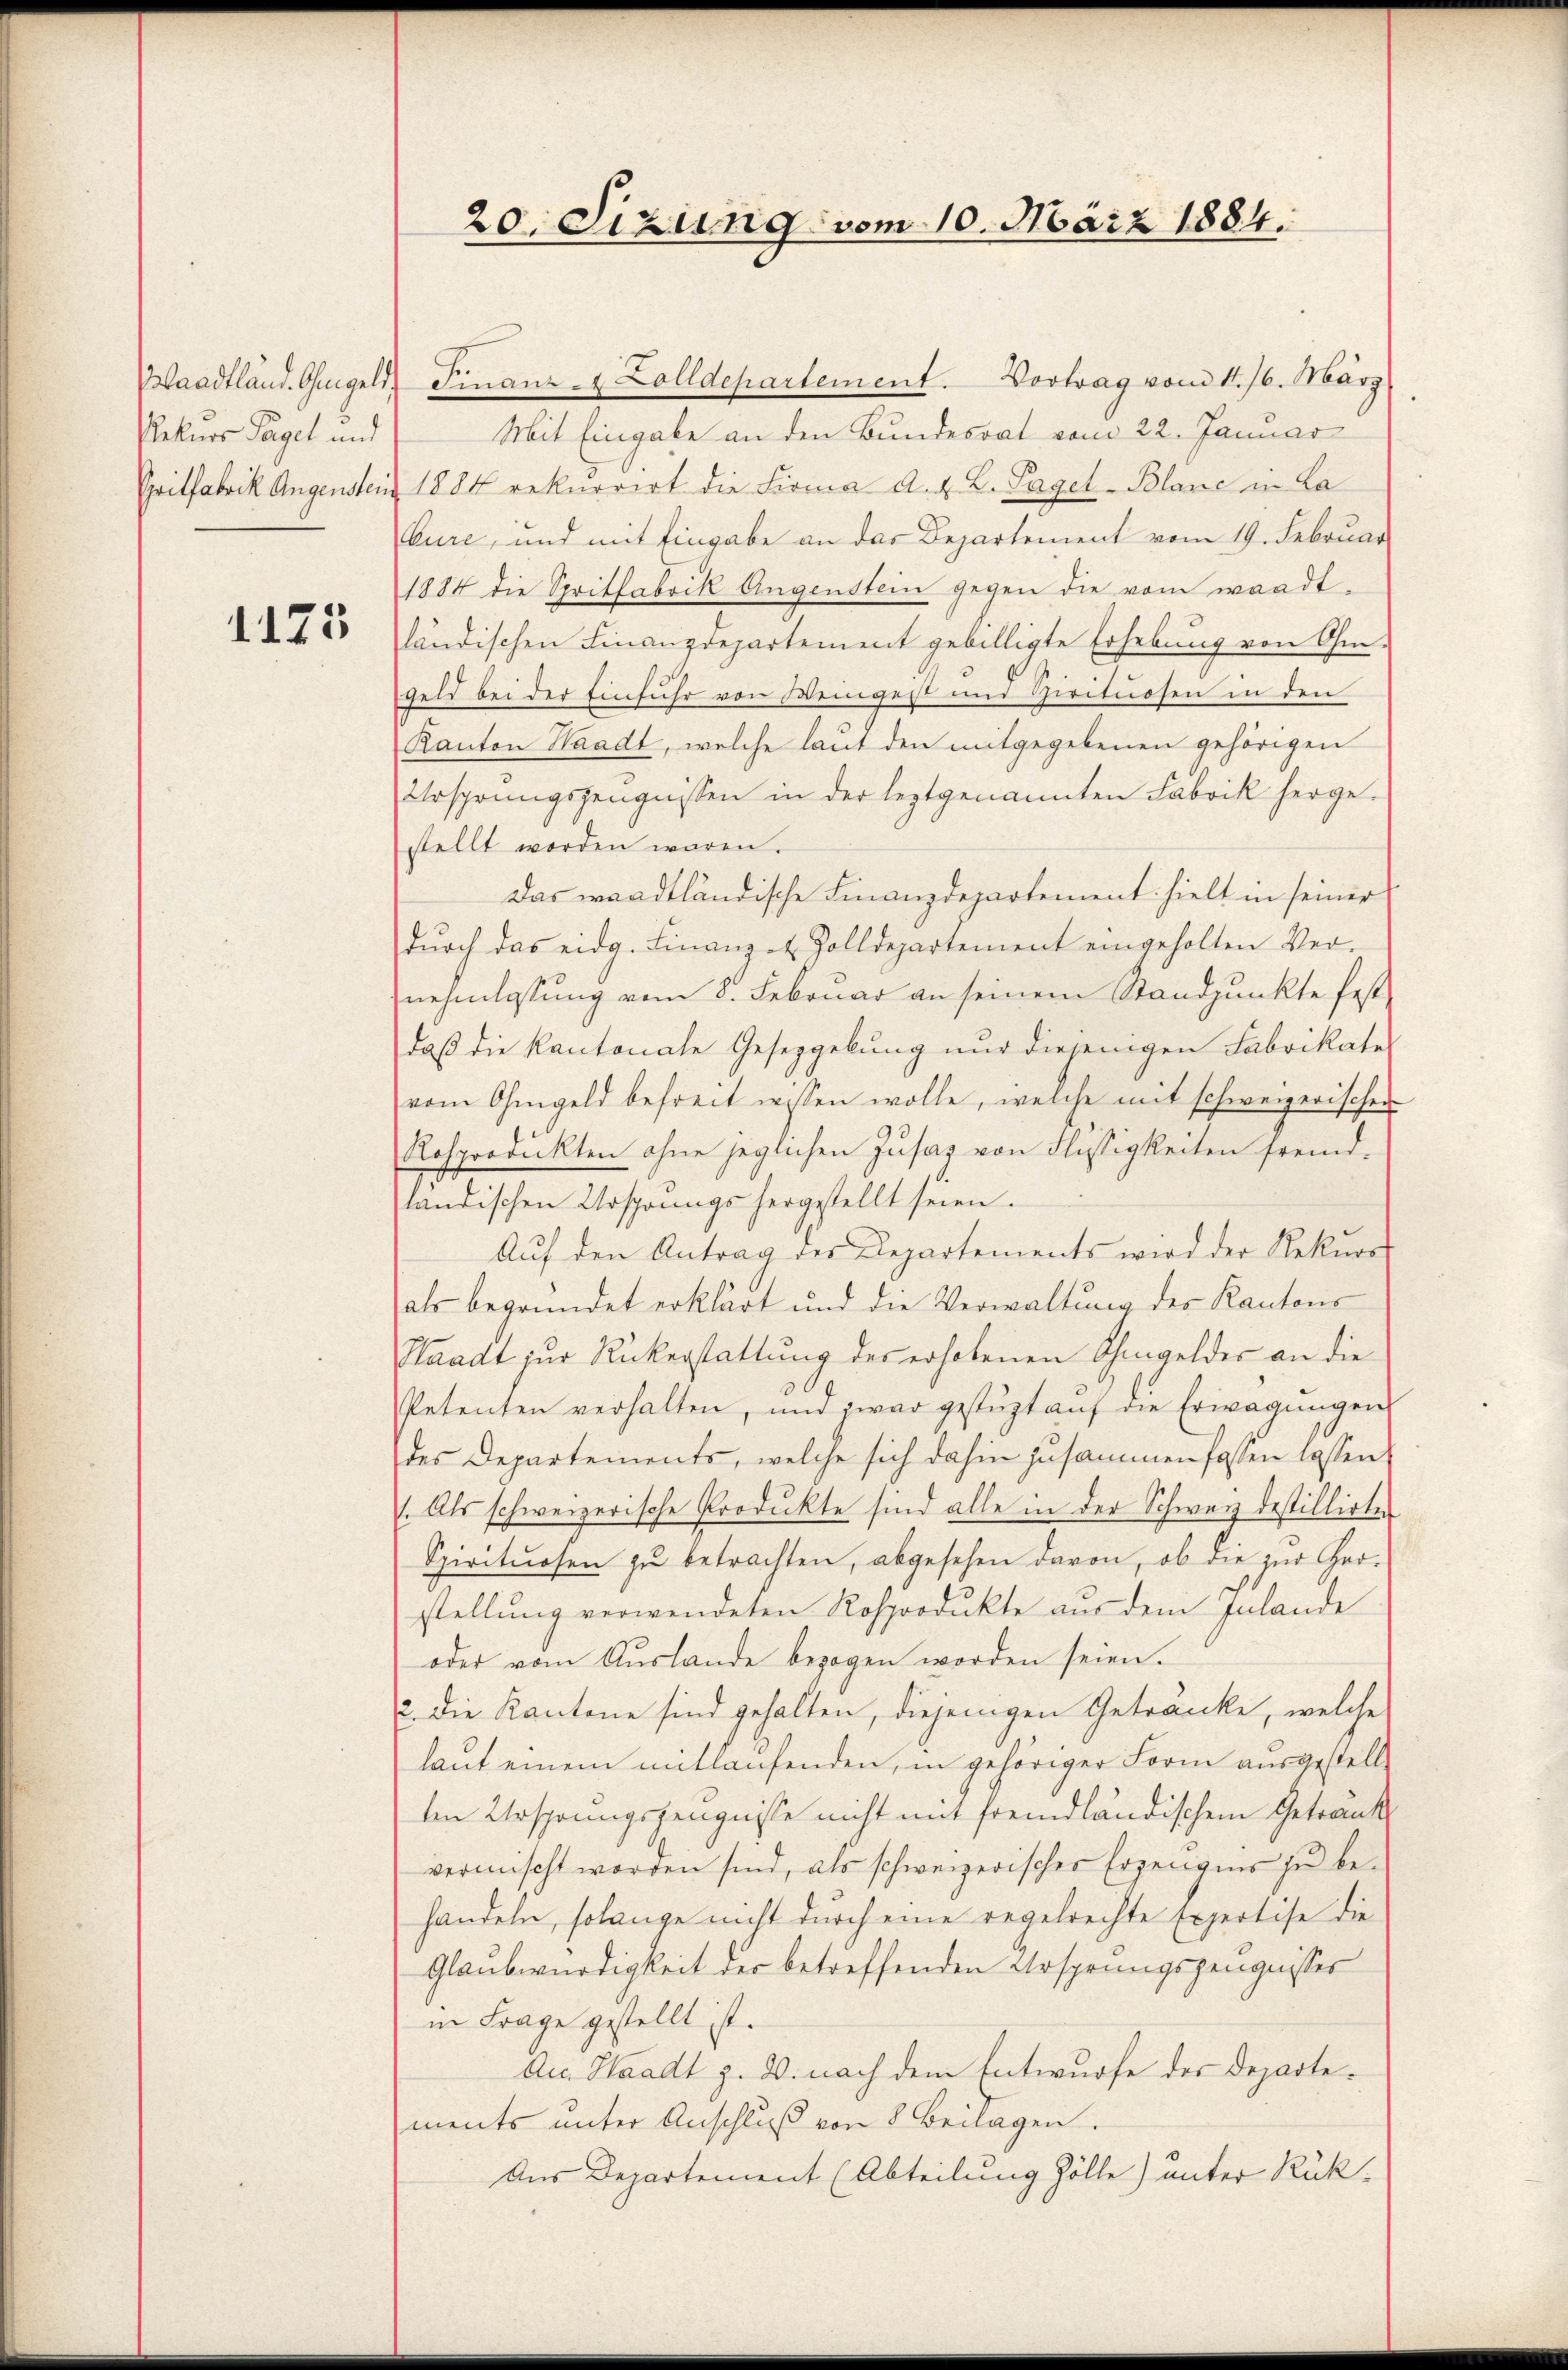
Waadtländ. Ohmgeld,
Rekurs Pagel und
Cyrilfabrik Augenstein

1173

20. Sizung vom 10. März 1884.

Finanz-4 Zolldepartement. Vortrag vom 11. 16. März
Mit Eingabe an den Bundesrat vom 22. Januar
1884 rekurrirt die Firma a. u. L. Pagel-Blanc in La
Cure, und mit Eingabe an das Departement vom 19. Februar
1884 die Spritfabrik Augenstein gegen die vom waadt,
ländischen Finanzdepartement gebilligte Erhebung von Ohm-
geld bei der Einfuhr von Weingest und Zirituosen in den
Kanton Waadt, welche laut den mitgegebenen gehörigen
Ursprungszeugnissen in der leztgenannten Fabrik hergestellt worden wären.
Das waadtländische Finanzdepartement hielt in seiner
dŭrch das eidg. Finanze Zolldepartement eingeholten Ver-
nehmlassung vom 8. Februar an seinem Standpunkte fest-
daβ die Kantonale Gesetzgebung nur diejenigen Fabrikate
vom Ohmgeld befreit wissen wolle, welche mit schweizerischen
Rosproduckten ohne jeglichen Zusaz von Flüssigkeiten fremd-
ländischen Ursprungs hergestellt seien.
Aŭf den Antrag der Departements wird der Rekurs
als begründet erklärt und die Verwaltŭng der Kantons
Waadt zur Rükerstattung des erhobenen Ohmgelder an die
Petenten verhalten, und zwar gestüzt aŭf die Erwägŭngen
des Departements, welche sich dahin zusammenfassen lassen
1. Als schweizerische Produkte sind alle in der Schweiz destillirten
Spirituosen zŭ betrachten, abgesehen davon, ob die zur Gerstellung verwendeten Rosprodukte aus dem Inlande
oder vom Auslande bezogen worden seien.
2. Die Kantone sind gehalten, diejenigen Getränke, welche
laŭt einem mitlaufenden, in gehöriger Form ausgestellt
ten Ursprungszeugnisse nicht mit fremdländischem Getränk
vermischt worden sind, als schweizerischer Erzeugnis zu behandeln, solange nicht durch eine regelrechte Expertise die
Glaubwürdigkeit der betreffenden Ursprungszeugnisses
in Frage gestellt ist.
An Waadt z. B. nach dem Entwurfe des Departements unter Anschluß von 8 Beilagen.
Aus Departement (Abteilung Zölle) unter Rück¬